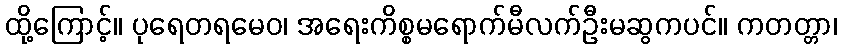
ထို့ကြောင့်။ ပုရေတရမေဝ၊ အရေးကိစ္စမရောက်မီလက်ဦးမဆွကပင်။ ကတတ္တာ၊